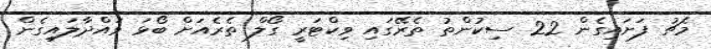
މެޗު ފަށައިގެން 22 ސިކުންތު ތެރޭގައި ވިކްޓަރީ ގޯލް ތެރެއަށް ބޯޅަ ވައްދާލައިގެން